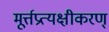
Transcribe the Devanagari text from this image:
मूर्त्तप्रत्यक्षीकरण्